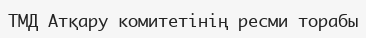
ТМД Атқару комитетінің ресми торабы